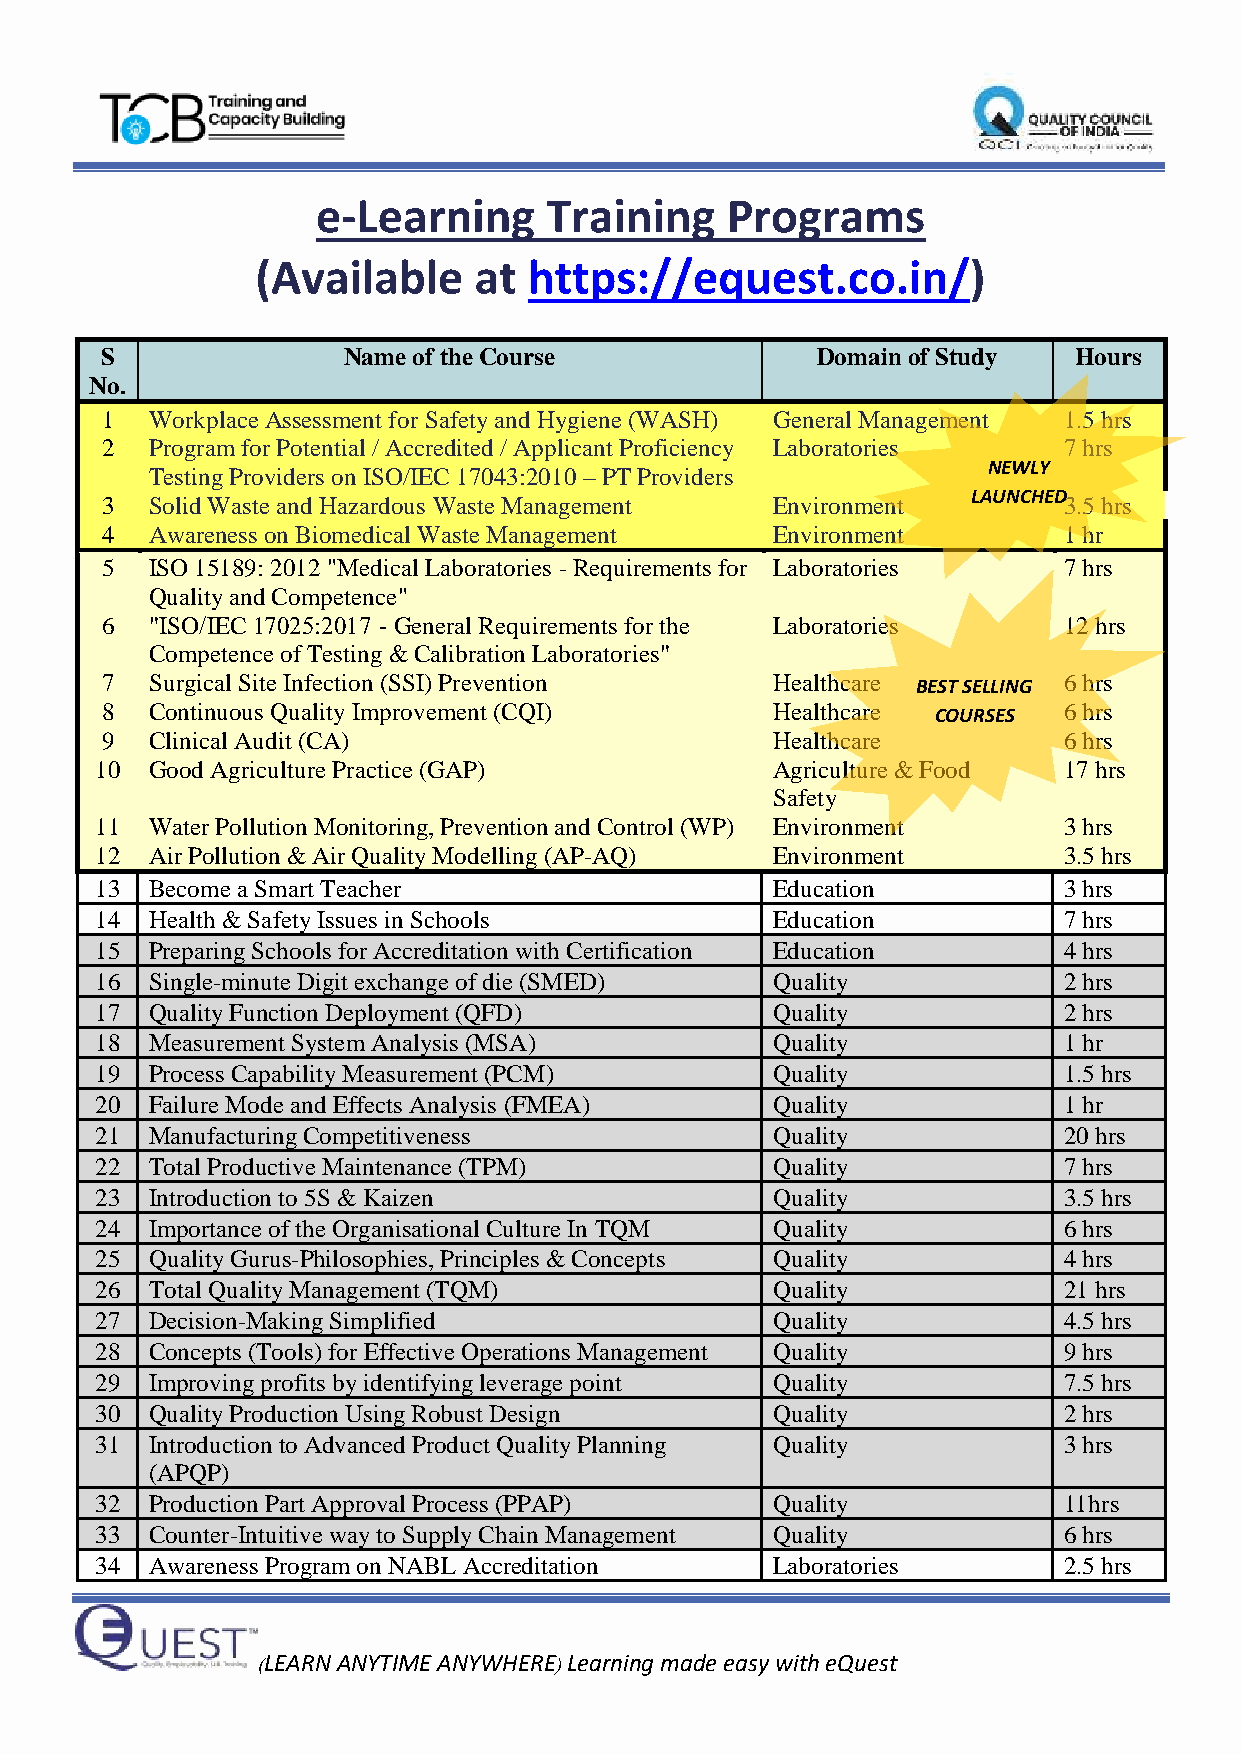
e-Learning     Training    Programs
 (Available    at  https://equest.co.in/)
 S               Name of the Course             Domain of Study  Hours
 No.
 1  Workplace Assessment for Safety and Hygiene (WASH) General Management 1.5 hrs
 2  Program for Potential / Accredited / Applicant Proficiency Laboratories 7 hrs
 NEWLY
 Testing Providers on ISO/IEC 17043:2010 – PT Providers
 LAUNCHED
 3  Solid Waste and Hazardous Waste Management Environment      3.5 hrs
 4  Awareness on Biomedical Waste Management Environment        1 hr
 5  ISO 15189: 2012 "Medical Laboratories - Requirements for Laboratories 7 hrs
 Quality and Competence"
 6  "ISO/IEC 17025:2017 - General Requirements for the Laboratories 12 hrs
 Competence of Testing & Calibration Laboratories"
 7  Surgical Site Infection (SSI) Prevention Healthcare BEST SELLING 6 hrs
 8  Continuous Quality Improvement (CQI)     Healthcare COURSES 6 hrs
 9  Clinical Audit (CA)                      Healthcare         6 hrs
 10  Good Agriculture Practice (GAP)          Agriculture & Food 17 hrs
 Safety
 11  Water Pollution Monitoring, Prevention and Control (WP) Environment 3 hrs
 12  Air Pollution & Air Quality Modelling (AP-AQ) Environment   3.5 hrs
 13  Become a Smart Teacher                   Education          3 hrs
 14  Health & Safety Issues in Schools        Education          7 hrs
 15  Preparing Schools for Accreditation with Certification Education 4 hrs
 16  Single-minute Digit exchange of die (SMED) Quality          2 hrs
 17  Quality Function Deployment (QFD)        Quality            2 hrs
 18  Measurement System Analysis (MSA)        Quality            1 hr
 19  Process Capability Measurement (PCM)     Quality            1.5 hrs
 20  Failure Mode and Effects Analysis (FMEA) Quality            1 hr
 21  Manufacturing Competitiveness            Quality            20 hrs
 22  Total Productive Maintenance (TPM)       Quality            7 hrs
 23  Introduction to 5S & Kaizen              Quality            3.5 hrs
 24  Importance of the Organisational Culture In TQM Quality     6 hrs
 25  Quality Gurus-Philosophies, Principles & Concepts Quality   4 hrs
 26  Total Quality Management (TQM)           Quality            21 hrs
 27  Decision-Making Simplified               Quality            4.5 hrs
 28  Concepts (Tools) for Effective Operations Management Quality 9 hrs
 29  Improving profits by identifying leverage point Quality     7.5 hrs
 30  Quality Production Using Robust Design   Quality            2 hrs
 31  Introduction to Advanced Product Quality Planning Quality   3 hrs
 (APQP)
 32  Production Part Approval Process (PPAP)  Quality            11hrs
 33  Counter-Intuitive way to Supply Chain Management Quality    6 hrs
 34  Awareness Program on NABL Accreditation  Laboratories       2.5 hrs
 (LEARN ANYTIME ANYWHERE) Learning made easy with eQuest